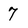
Character: 7